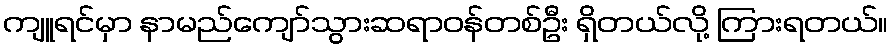
ကျူရင်မှာ နာမည်ကျော်သွားဆရာဝန်တစ်ဦး ရှိတယ်လို့ ကြားရတယ်။